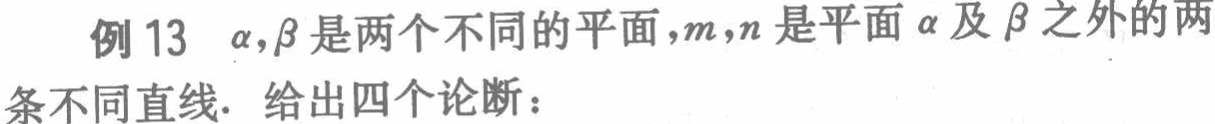
例 13 $\alpha,\beta$ 是两个不同的平面，$m,n$ 是平面 $\alpha$ 及 $\beta$ 之外的两条不同直线. 给出四个论断：